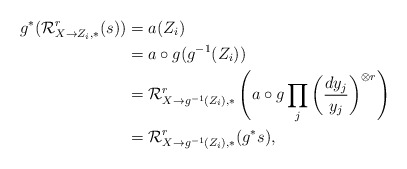
\begin{align*} g^*(\mathcal{R}^{r}_{X \to Z_i, *}(s))&=a(Z_i)\\ &=a \circ g(g^{-1}(Z_i))\\ &= \mathcal{R}^{r}_{X \to g^{-1}(Z_i), *}\left(a \circ g \prod_{j} \bigg(\frac{dy_j}{y_j}\bigg)^{\otimes r}\right)\\ &= \mathcal{R}^{r}_{X \to g^{-1}(Z_i), *}(g^*s),\end{align*}